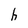
Character: h